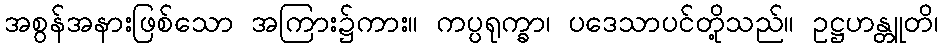
အစွန်အနားဖြစ်သော အကြား၌ကား။ ကပ္ပရုက္ခာ၊ ပဒေသာပင်တို့သည်။ ဥဋ္ဌဟန္တူတိ၊